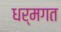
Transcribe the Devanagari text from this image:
धर्मगत